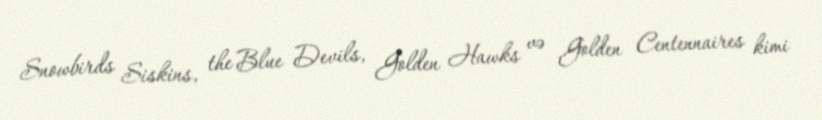
Snowbirds Siskins, the Blue Devils, Golden Hawks və Golden Centennaires kimi